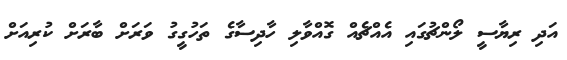
އަދި ރިޔާސީ ލޯންޗުގައި އެއްޗެއް ގޮއްވާލި ހާދިސާގެ ތަހުގީގު ވަރަށް ބާރަށް ކުރިއަށް